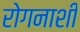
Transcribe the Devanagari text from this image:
रोगनाशी